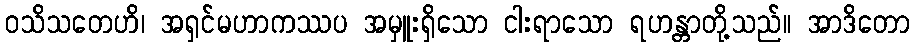
ဝသိသတေဟိ၊ အရှင်မဟာကဿပ အမှူးရှိသော ငါးရာသော ရဟန္တာတို့သည်။ အာဒိတော